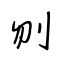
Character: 刎